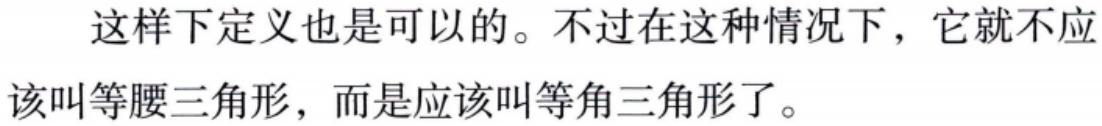
这样下定义也是可以的。不过在这种情况下，它就不应该叫等腰三角形，而是应该叫等角三角形了。